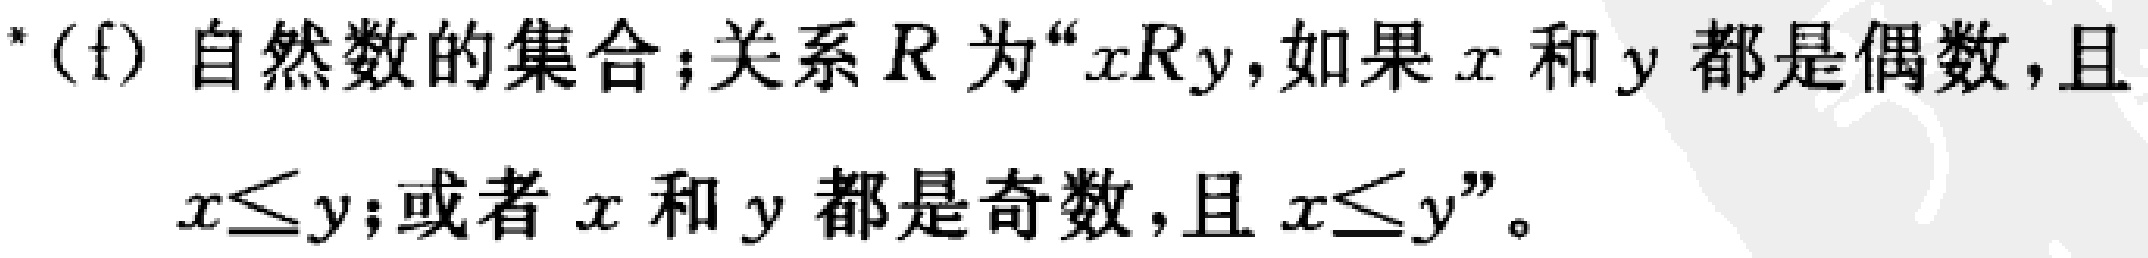
*(f) 自然数的集合；关系 \(R\) 为“\(xRy\)，如果 \(x\) 和 \(y\) 都是偶数，且 \(x\leq y\)；或者 \(x\) 和 \(y\) 都是奇数，且 \(x\leq y\)”。